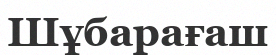
Шұбарағаш